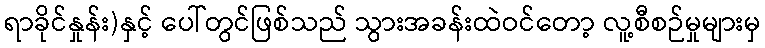
ရာခိုင်နှုန်း)နှင့် ပေါ်တွင်ဖြစ်သည် သွားအခန်းထဲဝင်တော့ လူ့စီစဉ်မှုများမှ